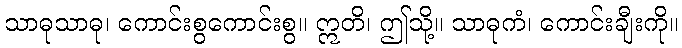
သာဓုသာဓု၊ ကောင်းစွကောင်းစွ။ ဣတိ၊ ဤသို့။ သာဓုကံ၊ ကောင်းချီးကို။